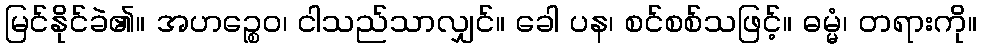
မြင်နိုင်ခဲ၏။ အဟဉ္စေဝ၊ ငါသည်သာလျှင်။ ခေါ ပန၊ စင်စစ်သဖြင့်။ ဓမ္မံ၊ တရားကို။